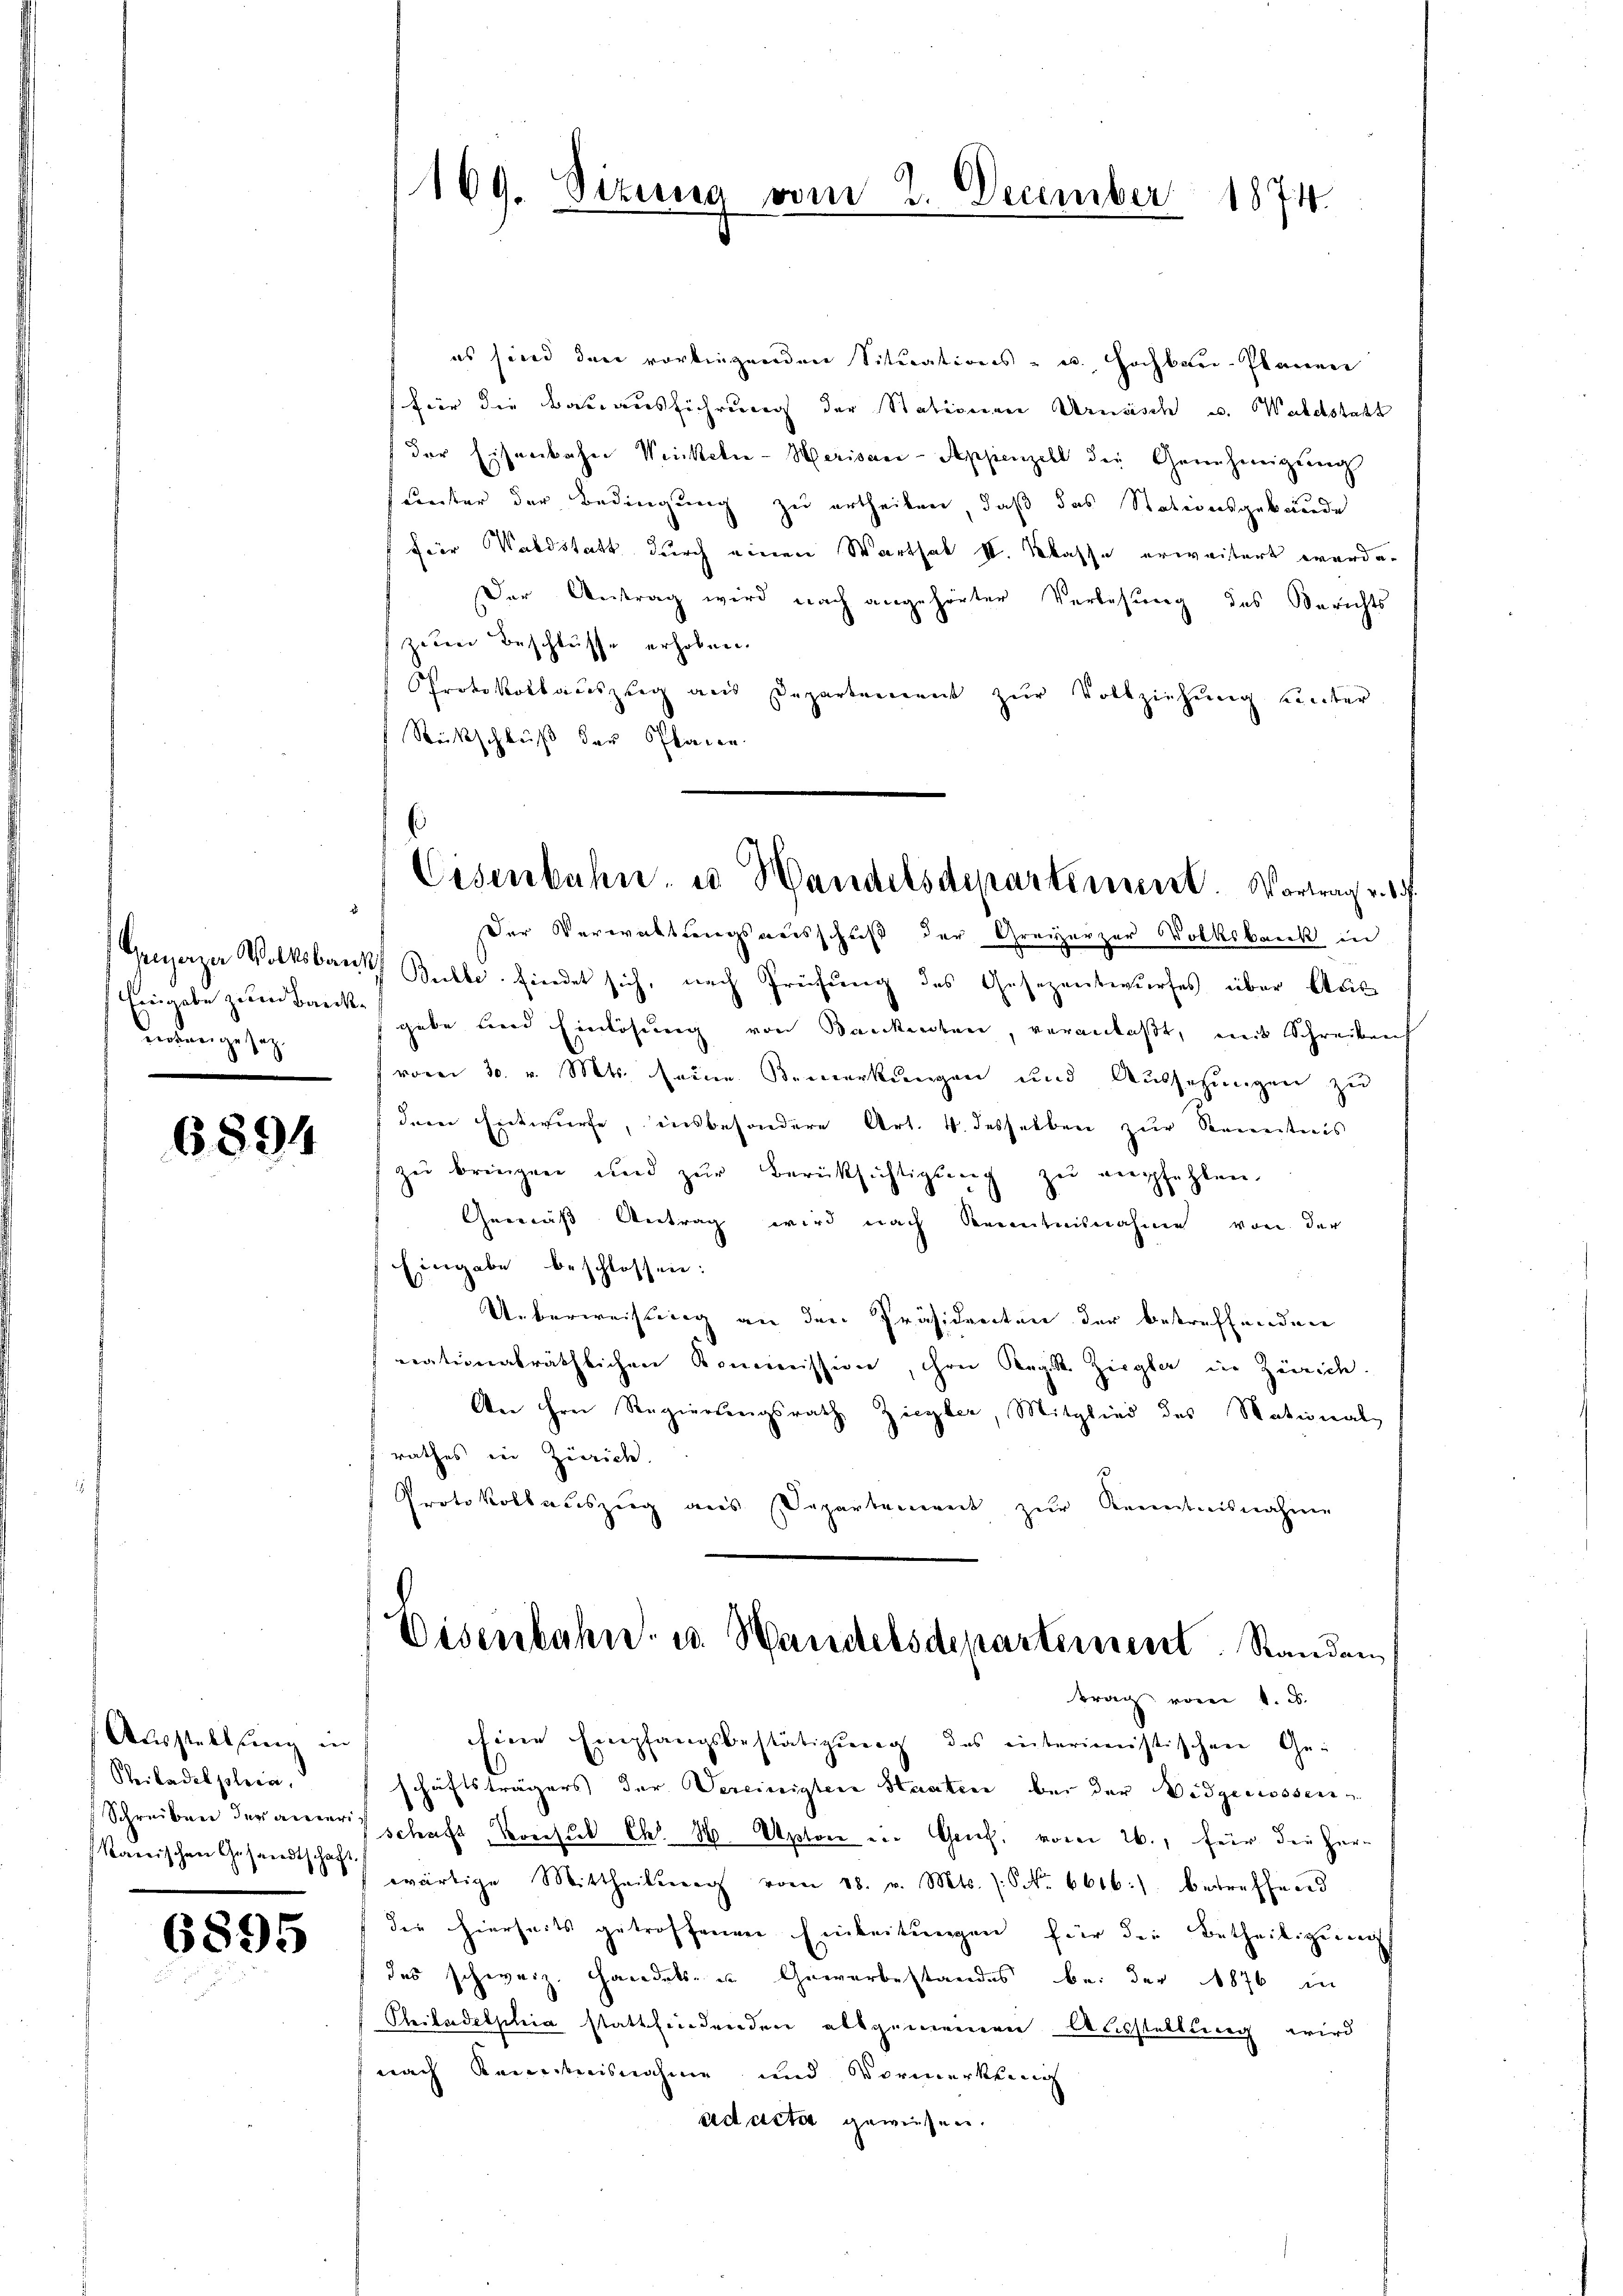
Eingabe zum Banknowenige sey.
z

6894

Ausstellung in
Reitadel plein.
kanischen Gesandtschaft.

6895

169. Sizung vom 2. December 1874.

es sind den vorliegenden Situations - u. Hochbar-Planner
für die Bauausführung der Stativerner Vernisch u. Waldstatt
der Eisenbahn Weinkeln-Herisaar-Appenzell die Genehmigŭng
(unter der Bedingung zu ertheilen, daß das Stationsgebäude
für Waldstatt durch einen Warthal II. Klasse erweitert werde.
Der Antrag wird nach angehörter Verlesung des Berichts
ziten Beschlüsse erhoben.
Protokollauszug aus Departement zur Vollziehung unter
Rückschluß der Planen.
Der Verwaltungsausschuß der Greizerzer Volksbank in
Generzer Volksband Butte findet sich, nach Prüfung des Gesezentwurfes über Aus
gabe und Einlösung von Bankenden, veranlaßt, mit Schreiben
(vom 30. v. Mts. seine Bemerkungen und Aussetzungen zu
dere Entwurfe, insbesondere Art. 4. desselben zur Kenntnis
zu bringen und zŭr Berüksichtigung zŭ empfehlen,
Gemäß Antrag wird nach Kenntnisnahmen von der
Eingabe beschlossen:
Ueberweisung an den Präsidenten der betreffenden
nationalräthlichen Kommission, ihre Regist. Ziegla in Zürich.
An ihre Regierungsrath Ziegler, Mitglied des Nationals
rathes in Zürich.
Protokollauszug aus Separtement zur Kenntnisnahme
Eisenbahn- u. Handelsdepartement. Standen
trag vom 1. d.
Eine Empfangsbestätigŭng des interimistischen Ge-
schäftsträgers der Vereinigten Staaten bei der Widgenossen
Schreiben deranschaft, Konsul Ch. 16. Apton in Genf, vom 26., für die Herwärtige Mittheilung vom 28. v. Mts. (S. 6616) betreffend
dee hierseits getroffenen Einleitungen für die Betheiligung
des schweiz. Handels- u Gewerbestandes bei der 1876 in
Philadelphia stattfindenden allgemeinen Ausstellung wird
nach Kenntnisnahme und Vormerkung
adastie gewiesen.

Eisenbahn, es Handelsdepartement. Vortrag v. 1.